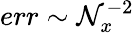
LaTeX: err\sim\mathcal{N}_{x}^{-2}